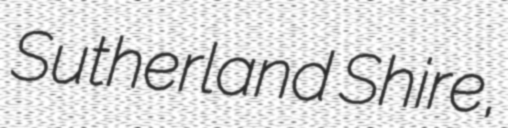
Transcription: Sutherland Shire,